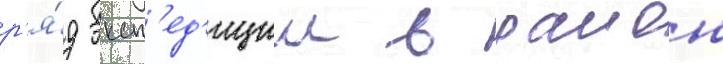
р'я́д эксп'ед'иции в раион